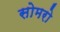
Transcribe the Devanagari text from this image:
सोमरो